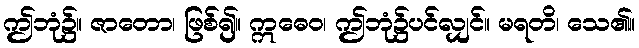
ဤဘုံ၌။ ဇာတော၊ ဖြစ်၍။ ဣဓေဝ၊ ဤဘုံ၌ပင်လျှင်။ မရတိ၊ သေ၏။